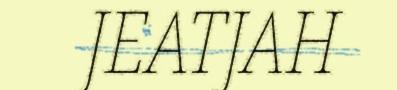
JEATJAH